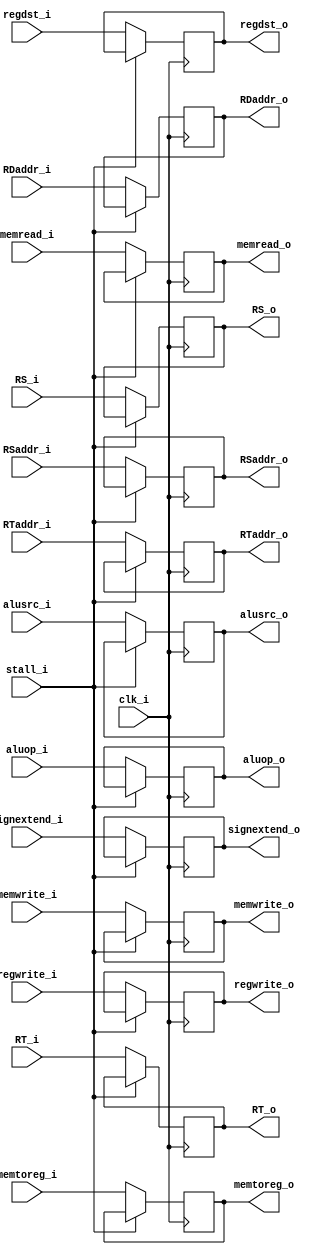
module ID_EX
(
    clk_i,
    regdst_i,
    alusrc_i,
    memtoreg_i,
    regwrite_i,
	memread_i,
    memwrite_i,
    aluop_i,
    RS_i,
    RT_i,
    signextend_i,
    RSaddr_i,
    RTaddr_i,
    RDaddr_i,
    stall_i,
    regdst_o,
    alusrc_o,
    memtoreg_o,
    regwrite_o,
	memread_o,
    memwrite_o,
    aluop_o,
    RS_o,
    RT_o,
    signextend_o,
    RSaddr_o,
    RTaddr_o,
    RDaddr_o,
);

input clk_i;

input				regdst_i;
input				alusrc_i; 
input				memtoreg_i; 
input				regwrite_i; 
input				memread_i; 
input				memwrite_i;
input				stall_i;
input [1:0]			aluop_i;
input [31:0]		RS_i;
input [31:0]		RT_i;
input [31:0]		signextend_i;
input [4:0]			RSaddr_i;
input [4:0]			RTaddr_i;
input [4:0]			RDaddr_i;

output reg 			regdst_o; 
output reg			alusrc_o; 
output reg			memtoreg_o; 
output reg			regwrite_o = 0; 
output reg			memread_o = 0;
output reg			memwrite_o = 0;
output reg [1:0]	aluop_o;
output reg [31:0]	RS_o; 
output reg [31:0]	RT_o; 
output reg [31:0]	signextend_o;
output reg [4:0]	RSaddr_o; 
output reg [4:0]	RTaddr_o; 
output reg [4:0]	RDaddr_o;

always@(posedge clk_i) begin
    if (stall_i) begin
    end
    else begin
        regdst_o		<= regdst_i;
        alusrc_o		<= alusrc_i;
        memtoreg_o		<= memtoreg_i;
        regwrite_o		<= regwrite_i;
        memread_o		<= memread_i;
        memwrite_o		<= memwrite_i;
        aluop_o			<= aluop_i;
        RS_o			<= RS_i;
        RT_o			<= RT_i;
        signextend_o	<= signextend_i;
        RSaddr_o		<= RSaddr_i;
        RTaddr_o		<= RTaddr_i;
        RDaddr_o		<= RDaddr_i;
    end
end
endmodule